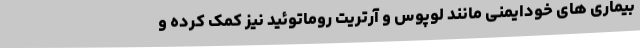
بیماری های خودایمنی مانند لوپوس و آرتریت روماتوئید نیز کمک کرده و